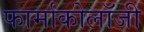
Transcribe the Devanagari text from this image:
फार्माकोलॉजी